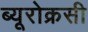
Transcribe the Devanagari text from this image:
ब्यूरोक्रसी